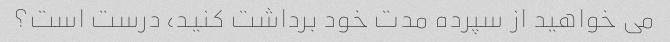
می خواهید از سپرده مدت خود برداشت کنید، درست است؟